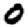
Digit: 0